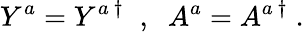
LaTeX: Y^{a}=Y^{a~\dagger}\; \; ,\; \; A^{a}=A^{a~\dagger}\; .